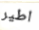
اطير